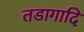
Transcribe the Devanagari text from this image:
तडागादि